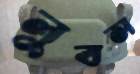
লুবস